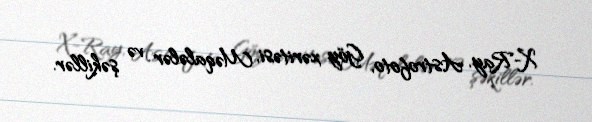
X-Ray, Astrofoto, Göy xəritəsi, Məqalələr və şəkillər.